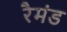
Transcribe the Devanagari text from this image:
रैमंड